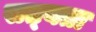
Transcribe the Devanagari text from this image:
सत्‍यता